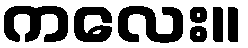
ကလေး။